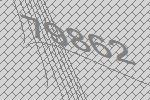
79862